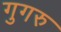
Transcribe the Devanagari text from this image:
गुगरु